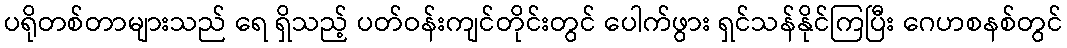
ပရိုတစ်တာများသည် ရေ ရှိသည့် ပတ်ဝန်းကျင်တိုင်းတွင် ပေါက်ဖွား ရှင်သန်နိုင်ကြပြီး ဂေဟစနစ်တွင်